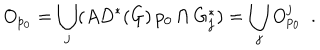
O _ { p _ { 0 } } = \bigcup _ { j } ( A D ^ { * } ( G ) \, p _ { 0 } \cap G _ { j } ^ { * } ) = \bigcup _ { j } O _ { p _ { 0 } } ^ { j } \ \ .